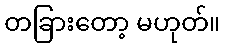
တခြားတော့ မဟုတ်။